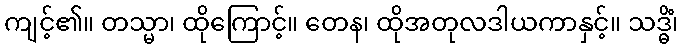
ကျင့်၏။ တသ္မာ၊ ထိုကြောင့်။ တေန၊ ထိုအတုလဒါယကာနှင့်။ သဒ္ဓိံ၊